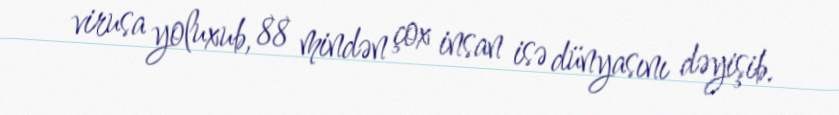
virusa yoluxub, 88 mindən çox insan isə dünyasını dəyişib.